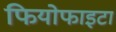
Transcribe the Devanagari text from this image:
फियोफाइटा